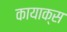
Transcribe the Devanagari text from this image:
कायाक्स